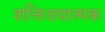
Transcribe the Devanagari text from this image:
शक्तित्रयात्मक